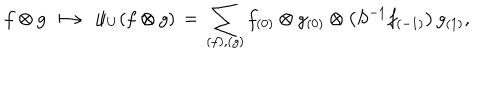
f \otimes g \: \longmapsto \: \psi _ { U } ( f \otimes g ) \, = \, \sum _ { ( f ) , ( g ) } f _ { ( 0 ) } \otimes g _ { ( 0 ) } \otimes \big ( S ^ { - 1 } f _ { ( - 1 ) } \big ) \, g _ { ( 1 ) } ,